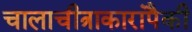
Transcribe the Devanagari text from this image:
चालाचीत्राकारांपैकी